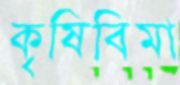
কৃষিবিমা